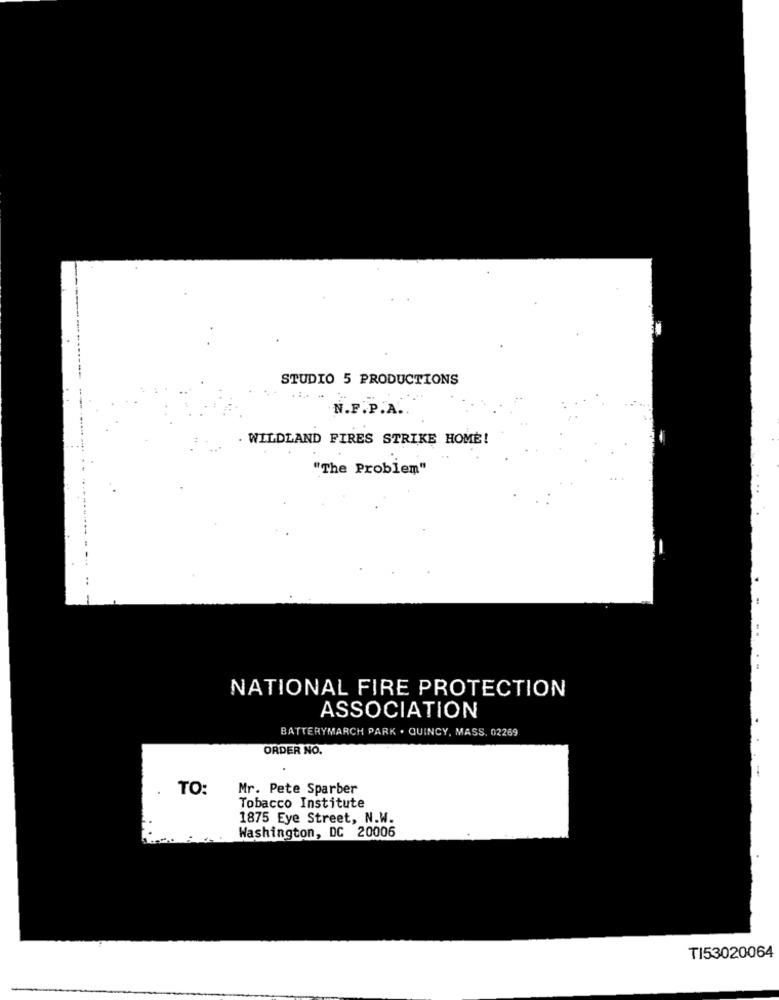
STUDIO 5 PRODUCTIONS
N.F.P.A ..
. WILDLAND FIRES STRIKE HOME!
"The Problem"
- .
NATIONAL FIRE PROTECTION
ASSOCIATION
BATTERYMARCH PARK . QUINCY, MASS. 02269
.
ORDER NO.
1
TO:
Mr. Pete Sparber
Tobacco Institute
1875 Eye Street, N.W.
Washington, DC 20006
TI53020064